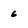
Character: 6